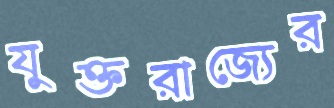
যুক্তরাজ্যের